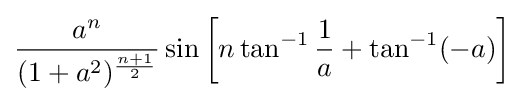
{\frac {a^{n}}{(1+a^{2})^{\frac {n+1}{2}}}}\sin \left[n\tan ^{-1}{\frac {1}{a}}+\tan ^{-1}(-a)\right]